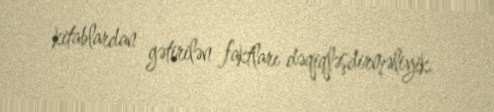
kitablardan gətirilən faktları dəqiqləşdirməliyik.